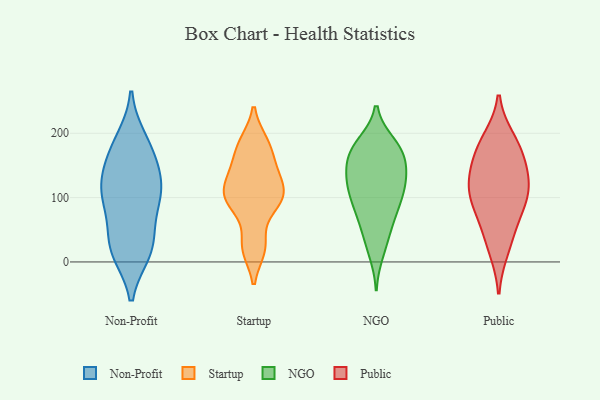
{"axis": {"x": "Tickets Resolved", "y": "Value"}, "legend": ["NGO", "Non-Profit", "Public", "Startup"], "data": [{"x": "", "y": 134, "type": "Non-Profit"}, {"x": "", "y": 114, "type": "Non-Profit"}, {"x": "", "y": 17, "type": "Non-Profit"}, {"x": "", "y": 127, "type": "Non-Profit"}, {"x": "", "y": 188, "type": "Non-Profit"}, {"x": "", "y": 27, "type": "Non-Profit"}, {"x": "", "y": 90, "type": "Non-Profit"}, {"x": "", "y": 103, "type": "Non-Profit"}, {"x": "", "y": 22, "type": "Non-Profit"}, {"x": "", "y": 172, "type": "Non-Profit"}, {"x": "", "y": 26, "type": "Non-Profit"}, {"x": "", "y": 171, "type": "Non-Profit"}, {"x": "", "y": 92, "type": "Non-Profit"}, {"x": "", "y": 152, "type": "Startup"}, {"x": "", "y": 119, "type": "Startup"}, {"x": "", "y": 111, "type": "Startup"}, {"x": "", "y": 97, "type": "Startup"}, {"x": "", "y": 21, "type": "Startup"}, {"x": "", "y": 92, "type": "Startup"}, {"x": "", "y": 25, "type": "Startup"}, {"x": "", "y": 137, "type": "Startup"}, {"x": "", "y": 185, "type": "Startup"}, {"x": "", "y": 91, "type": "Startup"}, {"x": "", "y": 181, "type": "Startup"}, {"x": "", "y": 136, "type": "NGO"}, {"x": "", "y": 176, "type": "NGO"}, {"x": "", "y": 183, "type": "NGO"}, {"x": "", "y": 88, "type": "NGO"}, {"x": "", "y": 105, "type": "NGO"}, {"x": "", "y": 130, "type": "NGO"}, {"x": "", "y": 182, "type": "NGO"}, {"x": "", "y": 32, "type": "NGO"}, {"x": "", "y": 98, "type": "NGO"}, {"x": "", "y": 52, "type": "NGO"}, {"x": "", "y": 76, "type": "NGO"}, {"x": "", "y": 15, "type": "NGO"}, {"x": "", "y": 69, "type": "NGO"}, {"x": "", "y": 155, "type": "NGO"}, {"x": "", "y": 121, "type": "NGO"}, {"x": "", "y": 173, "type": "NGO"}, {"x": "", "y": 165, "type": "NGO"}, {"x": "", "y": 122, "type": "NGO"}, {"x": "", "y": 123, "type": "NGO"}, {"x": "", "y": 162, "type": "NGO"}, {"x": "", "y": 112, "type": "Public"}, {"x": "", "y": 175, "type": "Public"}, {"x": "", "y": 138, "type": "Public"}, {"x": "", "y": 172, "type": "Public"}, {"x": "", "y": 132, "type": "Public"}, {"x": "", "y": 21, "type": "Public"}, {"x": "", "y": 189, "type": "Public"}, {"x": "", "y": 46, "type": "Public"}, {"x": "", "y": 94, "type": "Public"}, {"x": "", "y": 81, "type": "Public"}, {"x": "", "y": 108, "type": "Public"}]}